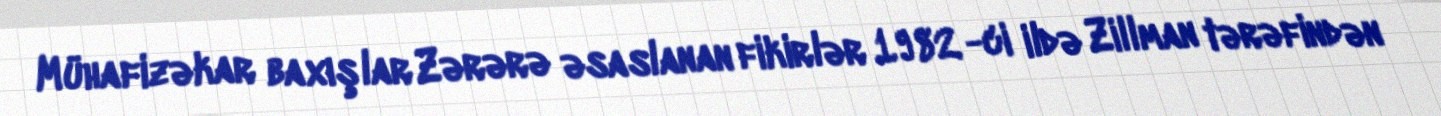
Mühafizəkar baxışlar Zərərə əsaslanan fikirlər 1982 -ci ildə Zillman tərəfindən